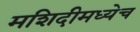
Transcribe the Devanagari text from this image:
मशिदीमध्येच